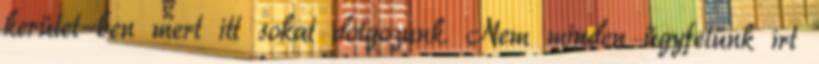
kerület-ben mert itt sokat dolgozunk. Nem minden ügyfelünk írt